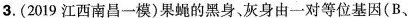
3. (2019江西南昌一模)果蝇的黑身、灰身由一对等位基因(B、